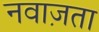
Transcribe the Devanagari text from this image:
नवाज़ता